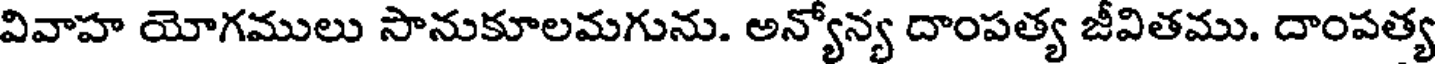
వివాహ యోగములు సానుకూలమగును. అన్యోన్య దాంపత్య జీవితము. దాంపత్య